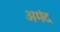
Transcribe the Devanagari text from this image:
अमंद